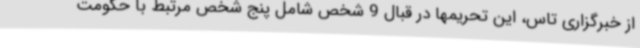
از خبرگزاری تاس، این تحریمها در قبال 9 شخص شامل پنج شخص مرتبط با حکومت